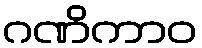
ဂဏိကာဝ